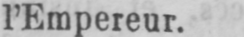
l’Empereur.